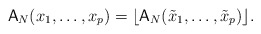
\begin{align*}\mathsf{A}_N(x_1,\dots,x_p)=\lfloor \mathsf{A}_N(\tilde{x}_1,\dots,\tilde{x}_p)\rfloor.\end{align*}